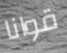
قوانا